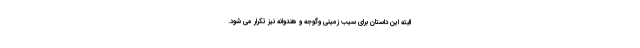
البته این داستان برای سیب زمینی وگوجه و هندوانه نیز تکرار می شود.